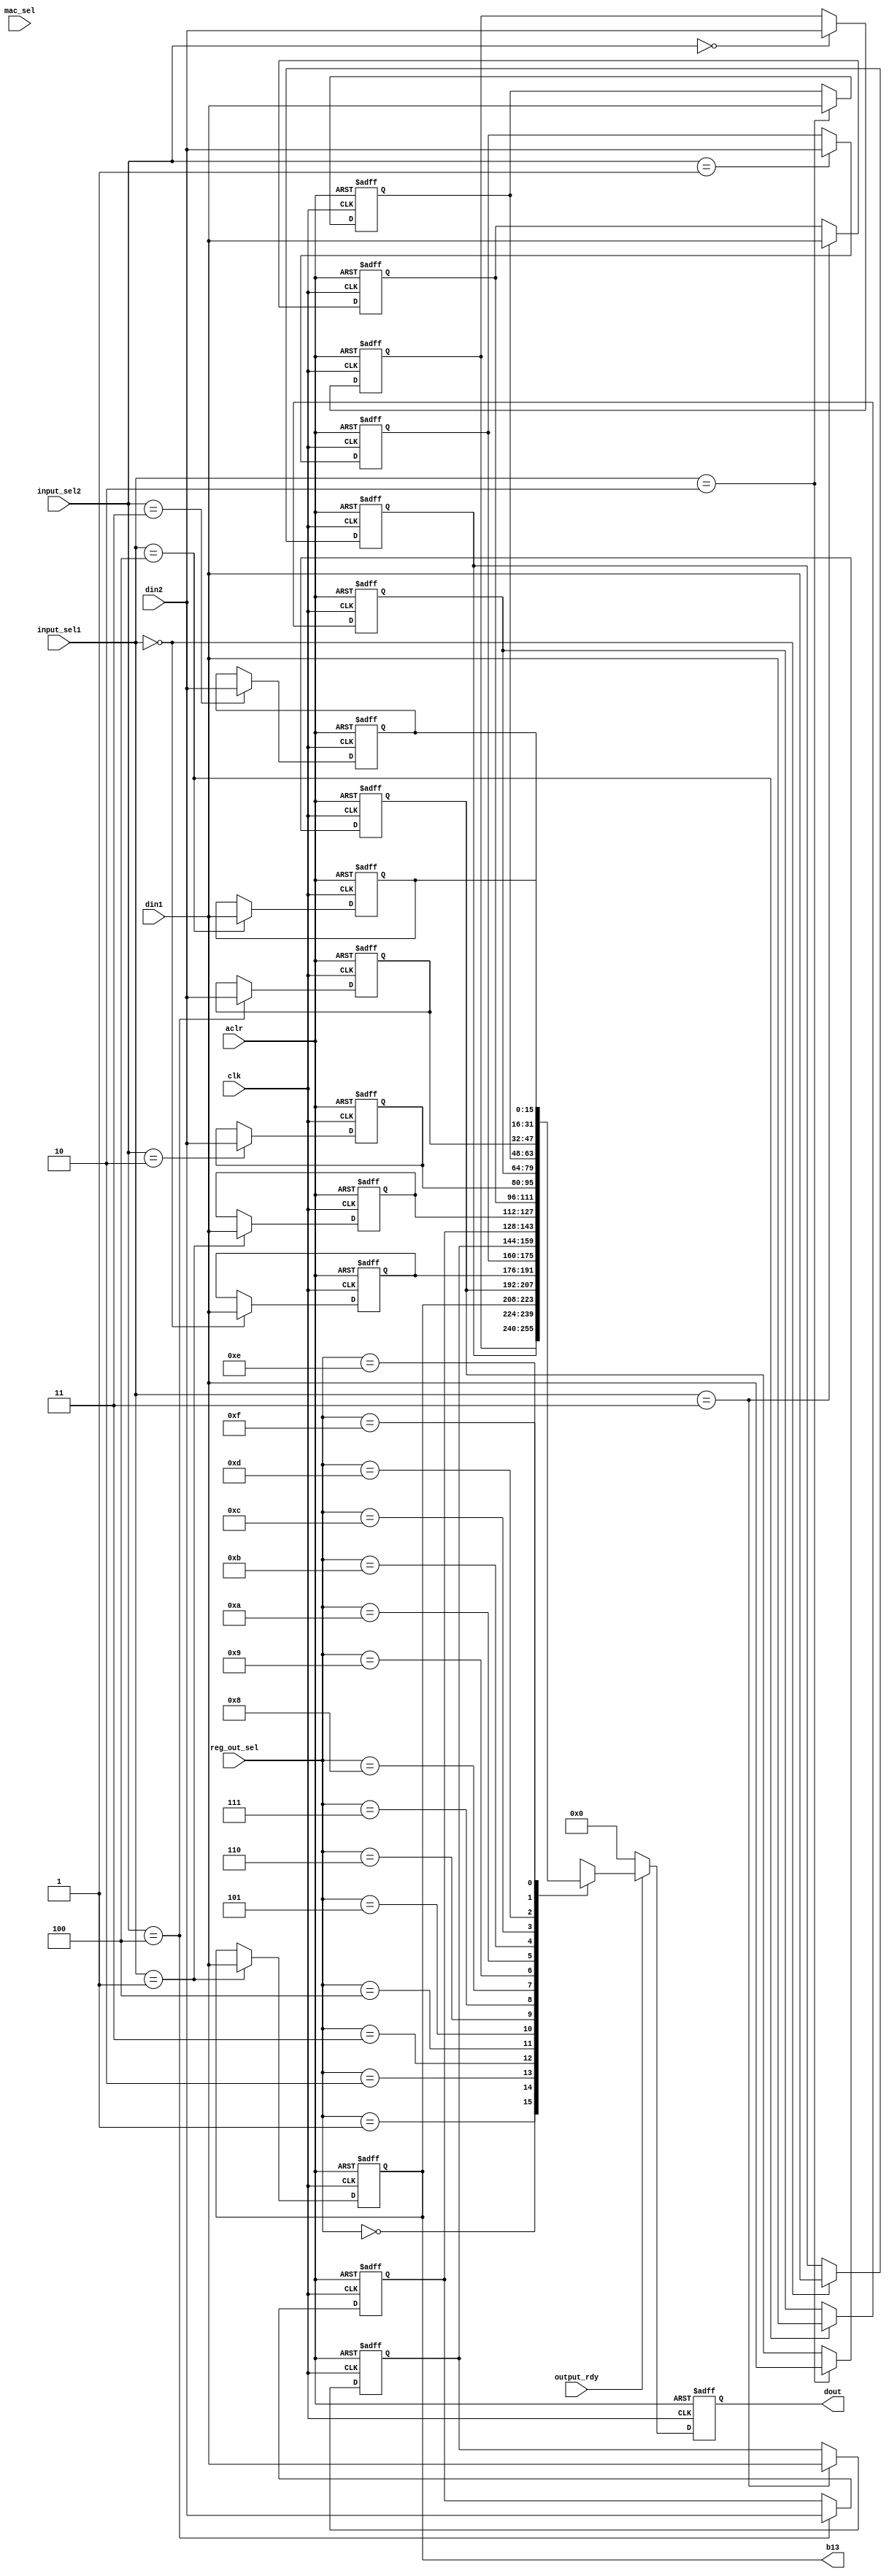
module output_register(din1, din2, input_sel1, input_sel2, mac_sel, reg_out_sel, output_rdy, clk, aclr, dout, b13);
input [15:0] din1, din2;	// Inputs from MACs
input [2:0] input_sel1, input_sel2;	// Lines for selecting registers for din1 and din2
input [1:0] mac_sel;	// 2-bit line indicating which MAC(s) to get input from
input clk, aclr;	// Clock and asynchronous clear
input output_rdy;	// High if an output is ready
input [3:0] reg_out_sel;	// Line for selecting register for dout.

output [15:0] dout;	// Output
output [15:0] b13;

// Registers for outputs from MACs
reg [15:0] b11, b12, b13, b14, b21, b22, b23, b24, b31, b32, b33, b34, b41, b42, b43, b44;

// Some registers are used to hold two outputs since they will always be identical.
// List of twin outputs:
// b12 = b21
// b13 = b31
// b14 = b41
// b23 = b32
// b34 = b43

// Register for output
reg [15:0] dout;

always @(posedge clk or posedge aclr)
begin

	// Reset
	if(aclr == 1'b1)
	begin
		b11 <= 8'b00000000;
		b12 <= 8'b00000000;
		b13 <= 8'b00000000;
		b14 <= 8'b00000000;
		b21 <= 8'b00000000;
		b22 <= 8'b00000000;
		b23 <= 8'b00000000;
		b24 <= 8'b00000000;
		b31 <= 8'b00000000;
		b32 <= 8'b00000000;
		b33 <= 8'b00000000;
		b34 <= 8'b00000000;
		b41 <= 8'b00000000;
		b42 <= 8'b00000000;
		b43 <= 8'b00000000;
		b44 <= 8'b00000000;
		dout <= 8'b00000000;
	end
	else
	begin
	
		// If an output from MAC1 is ready, load it.
		case(input_sel1)
			3'b000: 
				begin
					b12 <= din1;
					b21 <= din1;
				end
			3'b001:
				begin
					b13 <= din1;
					b31 <= din1;
				end
			3'b010:
				begin
					b14 <= din1;
					b41 <= din1;
				end
			3'b011:
				begin
					b23 <= din1;
					b32 <= din1;
				end
			3'b100:
				begin
					b34 <= din1;
					b43 <= din1;
				end
		endcase
		
		// If an output from MAC2 is ready, load it.
		case(input_sel2)
			3'b000: 
				begin
					b11 <= din2;
				end
			3'b001:
				begin
					b22 <= din2;
				end
			3'b010:
				begin
					b33 <= din2;
				end
			3'b011:
				begin
					b44 <= din2;
				end
			3'b100:
				begin
					b24 <= din2;
					b42 <= din2;
				end
		endcase
		
		// If an output is ready, select an output.
		if(output_rdy == 1'b1)
		begin
		
			// Select an output
			case(reg_out_sel)
				4'b0000:dout <= b11;
				4'b0001:dout <= b12;
				4'b0010:dout <= b13;
				4'b0011:dout <= b14;
				4'b0100:dout <= b21;
				4'b0101:dout <= b22;
				4'b0110:dout <= b23;
				4'b0111:dout <= b24;
				4'b1000:dout <= b31;
				4'b1001:dout <= b32;
				4'b1010:dout <= b33;
				4'b1011:dout <= b34;
				4'b1100:dout <= b41;
				4'b1101:dout <= b42;
				4'b1110:dout <= b43;
				4'b1111:dout <= b44;
			endcase
		end
		else if(output_rdy == 1'b0)
			dout <= 4'b0000;
			
	end
	
	
end

endmodule